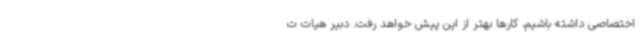
اختصاصی داشته باشیم، کارها بهتر از این پیش خواهد رفت. دبیر هیات ت